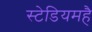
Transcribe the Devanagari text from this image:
स्टेडियमहै